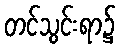
တင်သွင်းရာ၌